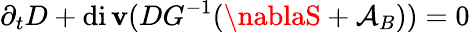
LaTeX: \partial_{t}D+\operatorname{di\mathbf{v}}(DG^{-1}(\nablaS+{\mathcal{{A}}}_{B}))=0